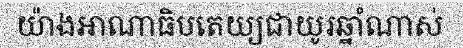
យ៉ាងអាណាធិបតេយ្យជាយូរឆ្នាំណាស់